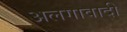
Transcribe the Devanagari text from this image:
अलगावादी